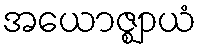
အယောဇ္ဈာယံ